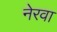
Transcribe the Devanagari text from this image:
नेरवा